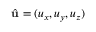
\hat { \mathbf { u } } = ( u _ { x } , u _ { y } , u _ { z } )